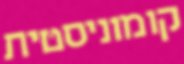
קומוניסטית